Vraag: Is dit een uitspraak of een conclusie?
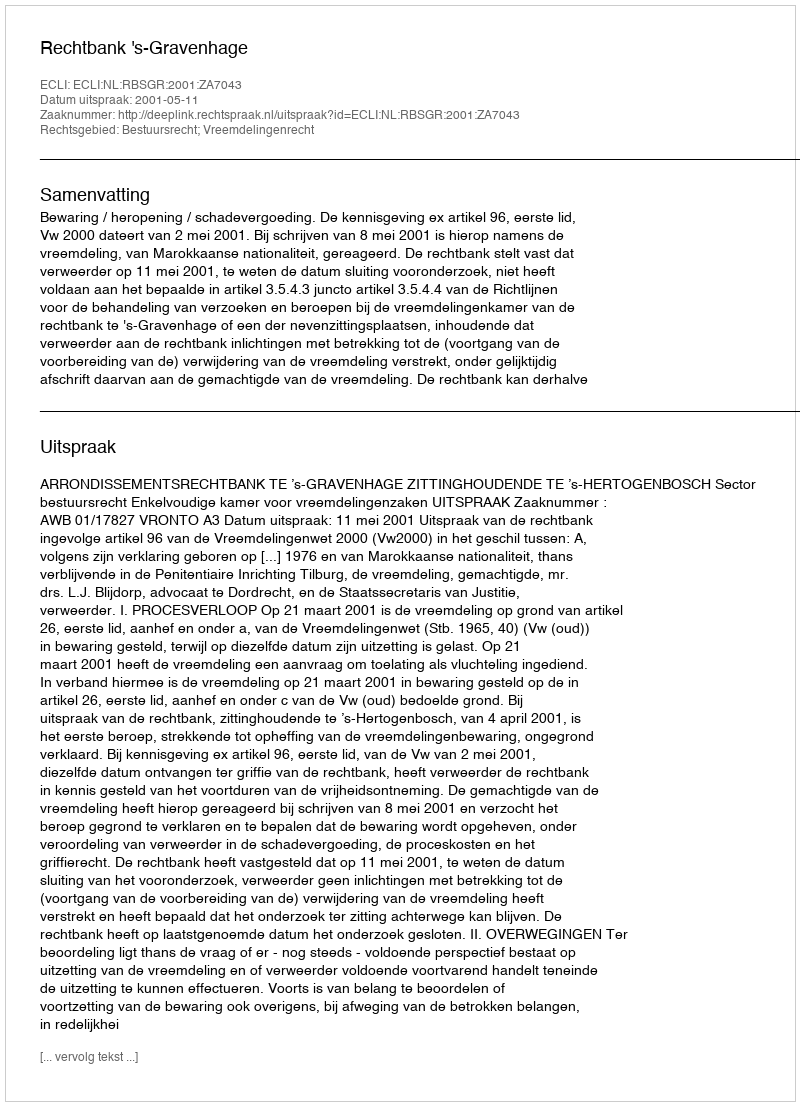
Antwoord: Uitspraak